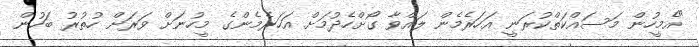
"އެމީހުން މަސައްކަތްކުރަނީ އަހަރެމެން ލައްވާ ގޯށްހެދުމަށް އަހަރެމެންގެ މީހުނަށް ވަރަށް ހުތުރު ބަހުން